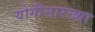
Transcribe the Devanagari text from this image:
योगीसारख्या